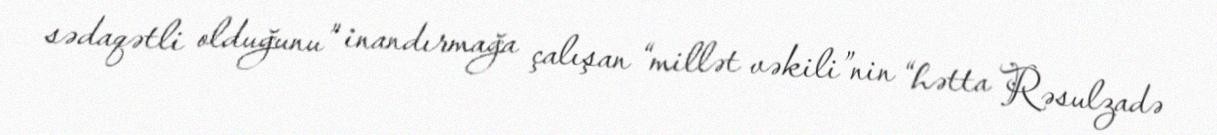
sədaqətli olduğunu” inandırmağa çalışan “millət vəkili”nin “hətta Rəsulzadə